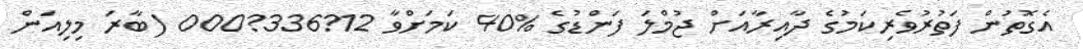
އެގޮތުން ފަތުރުވެރިކަމުގެ ދާއިރާއަށް ޖުމްލަ ފަންޑުގެ %40 ކަމަށްވާ 12?336?000 (ބާރަ މިލިއަަން